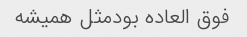
فوق العاده بودمثل همیشه